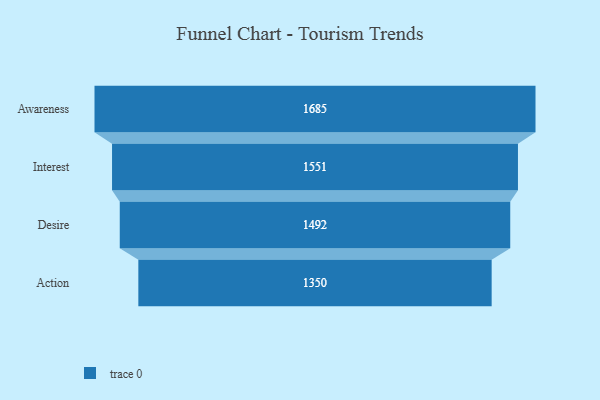
{"axis": {"x": "Stage", "y": "Value"}, "legend": [""], "data": [{"x": "Awareness", "y": 1685.0, "type": ""}, {"x": "Interest", "y": 1551.0, "type": ""}, {"x": "Desire", "y": 1492.0, "type": ""}, {"x": "Action", "y": 1350.0, "type": ""}]}